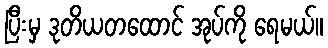
ပြီးမှ ဒုတိယတထောင် အုပ်ကို ရေမယ်။